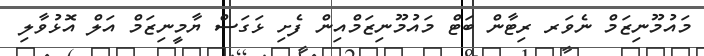
މައުމޫނިޒަމް ނެވަރ ރިޓާން ބަޓް މައުމޫނިޒަމްއިން ފެށި ޅަގަސް ޔާމީނިޒަމް އަލް އޮޅުވާލި